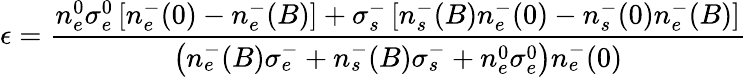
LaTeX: \epsilon=\frac{n_{e}^{0}\sigma_{e}^{0}\left[n_{e}^{-}(0)-n_{e}^{-}(B)\right]+\sigma_{s}^{-}\left[n_{s}^{-}(B)n_{e}^{-}(0)-n_{s}^{-}(0)n_{e}^{-}(B)\right]}{\left(n_{e}^{-}(B)\sigma_{e}^{-}+n_{s}^{-}(B)\sigma_{s}^{-}+n_{e}^{0}\sigma_{e}^{0}\right)n_{e}^{-}(0)}